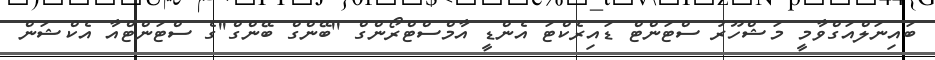
ބައިނަލްއަގްވާމީ މަޝްހޫރު ސްޓަންޓް ޑައިރެކްޓަ އެންޑީ އާމްސްޓްރޯންގް ''ބޭންގް ބޭންގް''ގެ ސްޓަންޓްއާ އެކްޝަން